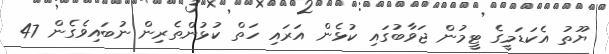
ޔޫތު އެކަޑަމީގެ ޓީމުން ޖަވާބުގައި ކުޅެން އަރައި ހަތް ކުޅުންތެރިން ނުބައިވެގެން 47